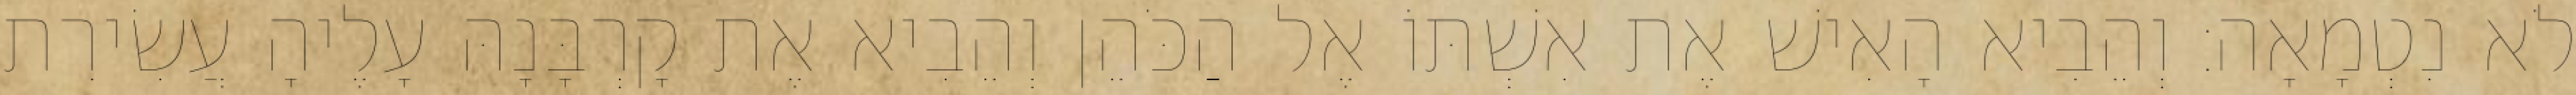
לֹא נִטְמָאָה׃ וְהֵבִיא הָאִישׁ אֶת אִשְׁתּוֹ אֶל הַכֹּהֵן וְהֵבִיא אֶת קָרְבָּנָהּ עָלֶיהָ עֲשִׂירִת